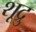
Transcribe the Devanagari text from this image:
शूद्रु